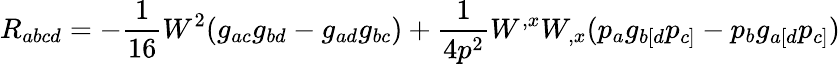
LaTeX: R_{abcd}=-\frac{1}{16}W^{2}(g_{ac}g_{bd}-g_{ad}g_{bc})+\frac{1}{4p^{2}}W^{,x}W_{,x}(p_{a}g_{b[d}p_{c]}-p_{b}g_{a[d}p_{c]})